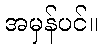
အမှန်ပင်။